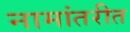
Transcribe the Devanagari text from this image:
नामांतरीत